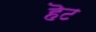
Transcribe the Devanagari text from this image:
हॆट